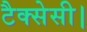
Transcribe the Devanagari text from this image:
टैक्सेसी।